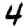
Digit: 4